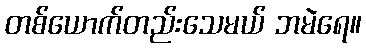
တစ်ယောက်တည်းသေမယ် ဘမဲရေ။